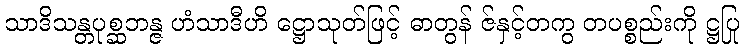
သာဒိသန္တပုစ္ဆဘန္ဇ ဟံသာဒီဟိ ဋ္ဌောသုတ်ဖြင့် ဓာတွန် ဇ်နှင့်တကွ တပစ္စည်းကို ဋ္ဌပြု